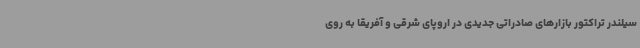
سیلندر تراکتور بازارهای صادراتی جدیدی در اروپای شرقی و آفریقا به روی